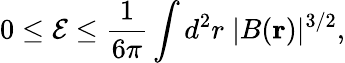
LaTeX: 0\leq\mathcal{E}\leq\frac{1}{6\pi}\int d^{2}r\; |B(\mathbf{r})|^{3/2},